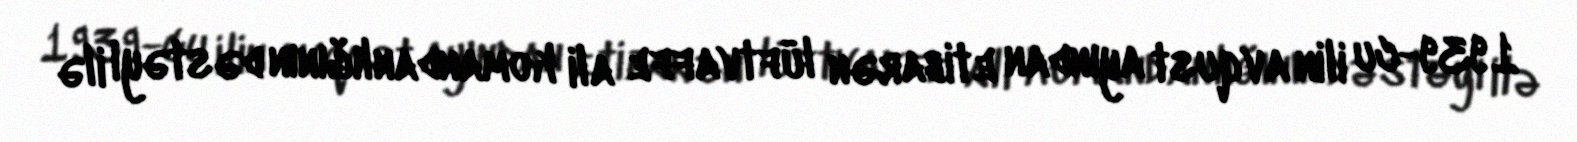
1939-cu ilin avqust ayından etibarən lüftvaffe ali komandanlığının dəstəyi ilə